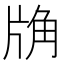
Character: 𧣉